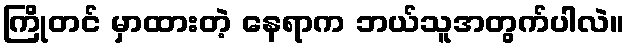
ကြိုတင် မှာထားတဲ့ နေရာက ဘယ်သူအတွက်ပါလဲ။